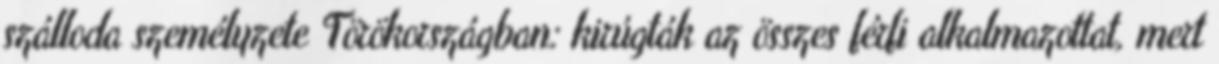
szálloda személyzete Törökországban: kirúgták az összes férfi alkalmazottat, mert